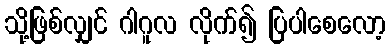
သို့ဖြစ်လျှင် ဂါဂူလ လိုက်၍ ပြပါစေလော့